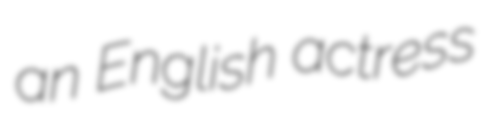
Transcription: an English actress